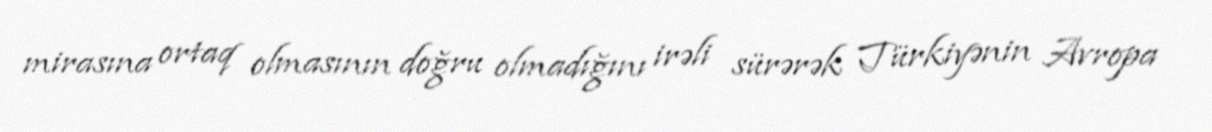
mirasına ortaq olmasının doğru olmadığını irəli sürərək Türkiyənin Avropa